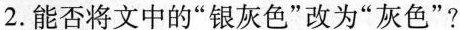
2.能否将文中的”银灰色”改为”灰色”?